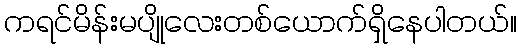
ကရင်မိန်းမပျိုလေးတစ်ယောက်ရှိနေပါတယ်။